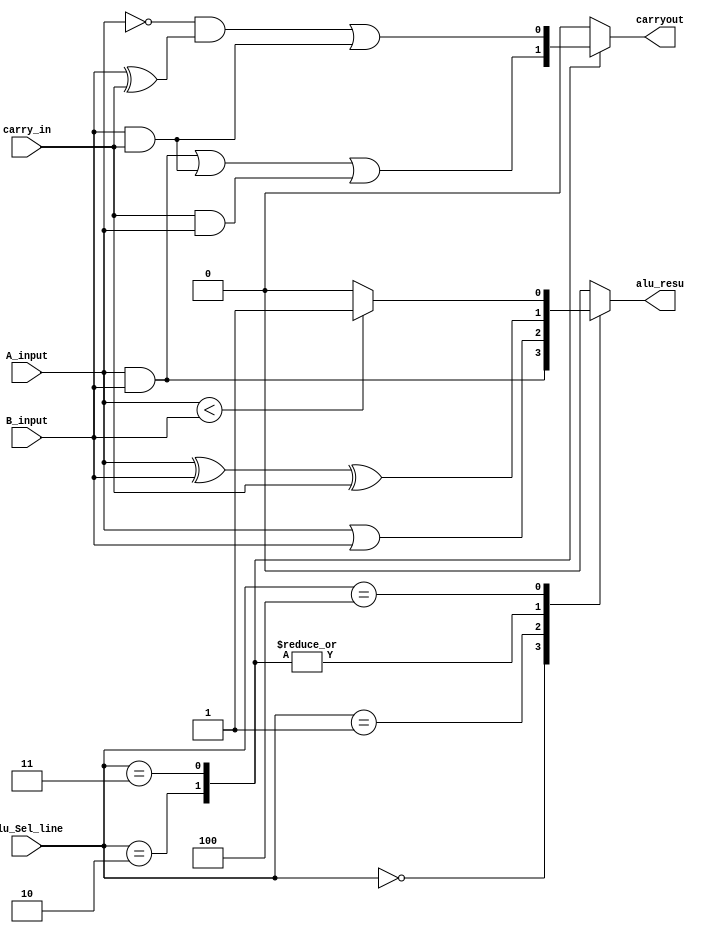
module alu_and( A_input, B_input, carry_in, alu_Sel_line,alu_resu,carryout);
output reg carryout;
input A_input, B_input, carry_in;
input[3:0] alu_Sel_line;
output reg alu_resu;

always@(A_input, B_input,carry_in,alu_Sel_line)
  begin 
     case(alu_Sel_line)
	   4'b0000: begin
		         //{alu_resu,carryout}={A_input&B_input,1'b0};
	           	alu_resu= A_input&B_input;
					carryout=1'b0;
					end
					
		4'b0001: begin
		         //{alu_resu,carryout}={A_input|B_input,1'b0};
		         alu_resu= A_input|B_input;
					carryout=1'b0;
					end
		
		4'b0010: begin
		         //{alu_resu,carryout}={A_input ^ B_input ^ carry_in,(A_input & B_input) | (B_input & carry_in) | (carry_in & A_input)};
		         alu_resu= (A_input ^ B_input) ^ carry_in;
               carryout=(A_input & B_input) | (B_input & carry_in) | (carry_in & A_input);
					end
					//{alu_resu,carryout}=A_input+B_input+carry_in;
		4'b0011: 
               begin		
		         alu_resu = A_input ^ B_input ^ carry_in;
					//{alu_resu,carryout}={(A_input ^ B_input) ^ carry_in,~A_input & ( B_input^carry_in) | (carry_in & B_input)};
               carryout = (~A_input) & (B_input^carry_in)|(B_input & carry_in);
					end
					//{alu_resu,carryout}=A_input-B_input-carry_in;
					
		4'b0100: 
		        {carryout,alu_resu}={1'b0,(A_input<B_input)?1'b1:1'b0};
				  
		default: 
		        {carryout,alu_resu}={1'b0,1'b0};
		endcase
	end
endmodule